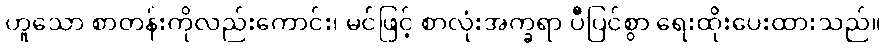
ဟူသော စာတန်းကိုလည်းကောင်း၊ မင်ဖြင့် စာလုံးအက္ခရာ ပီပြင်စွာ ရေးထိုးပေးထားသည်။